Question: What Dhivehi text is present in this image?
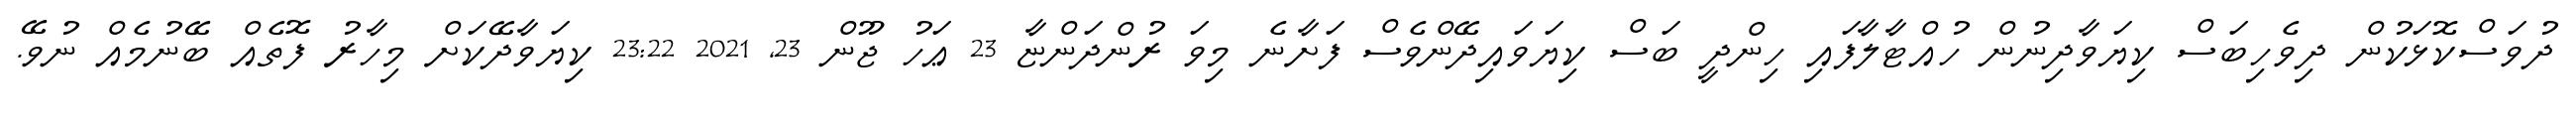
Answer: ދުވަސްކޮޅަކުން ދިވެހިބަސް ކިޔަވާދިނުން ހުއްޓާލާފައި ހިންދީ ބަސް ކިޔަވައިދޭންވެސް ފަށާނެ މިވަ ރުންދަންޏާ 23 ޢަހު ޖޫން 23, 2021 23:22 ކިޔަވާދޭކަށް މިހާރު ފޮތެއް ބޭނުމެއް ނުވޭ.